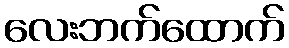
လေးဘက်ထောက်